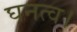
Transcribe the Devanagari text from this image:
घनत्व।